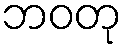
ဘဝတု